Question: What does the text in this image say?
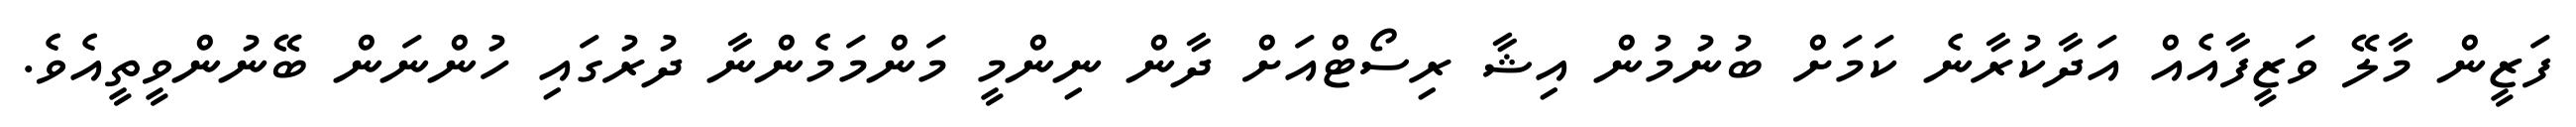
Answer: ފަޒީން މާލޭ ވަޒީފާއެއް އަދާކުރާނެ ކަމަށް ބުނުމުން އިޝާ ރިސޯޓްއަށް ދާން ނިންމީ މަންމަމެންނާ ދުރުގައި ހުންނަން ބޭނުންވީތީއެވެ.